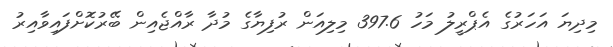
މިދިޔަ އަހަރުގެ އެޕްރީލު މަހު 397.6 މިލިއަން ރުފިޔާގެ މުދާ ރާއްޖެއިން ބޭރުކޮށްފައިވާއިރު